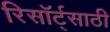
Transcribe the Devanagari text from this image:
रिसॉर्ट्‌साठी